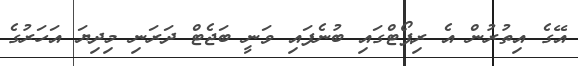
އޭގެ އިތުރުން އެ ރިޕޯޓްގައި ބުނެފައި ވަނީ ބަޖެޓް ދަރަނި މިދިޔަ އަހަރުގެ